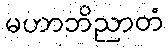
မဟာဘိညာတံ